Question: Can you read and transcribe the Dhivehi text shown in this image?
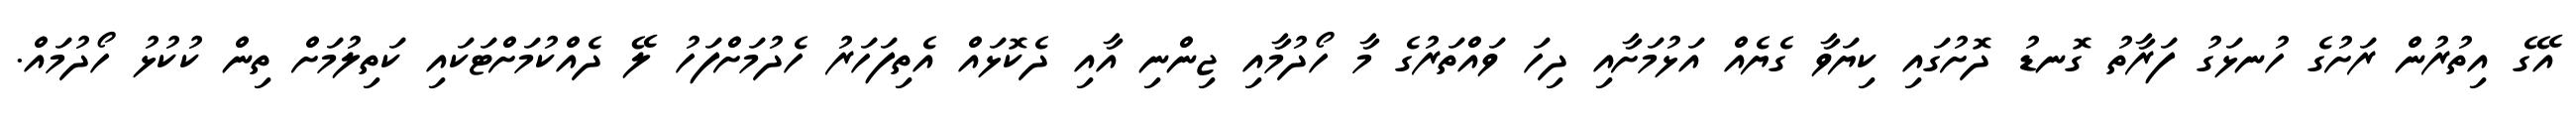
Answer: އޭގެ އިތުރުން ރަށުގެ ހުނޅަގު ފަރާތު ގޮނޑު ދޮށުގައި ކިޔަވާ ގެޔެއް އަޅުމަށާއި ދިހަ ވައްތަރުގެ މާ ހޯދުމާއި ޖިންނި އާއި ދެކޮޅައް އެތިފަހަރު ހެދުމަށްފަހު ލޭ ދެއްކުމަށްޓަކައި ކަތިލުމަށް ތިން ކުކުޅު ހޯދުމައް.